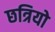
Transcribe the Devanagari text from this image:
छत्रियो